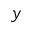
y